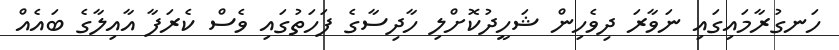
ހަނގުރާމައިގައި ނަވާރަ ދިވެހިން ޝަހީދުކޮށްލި ހާދިސާގެ ފަހަތުގައި ވެސް ކެރަފާ އާއިލާގެ ބައެއް